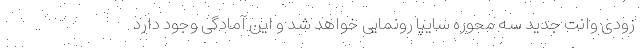
زودی وانت جدید سه محوره سایپا رونمایی خواهد شد و این آمادگی وجود دارد